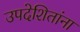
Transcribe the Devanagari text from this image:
उपदेशितांना